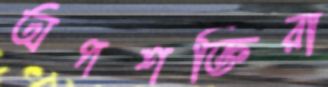
অপশক্তিরা